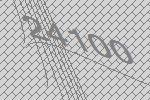
24100